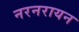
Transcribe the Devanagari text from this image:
नरनरायन